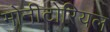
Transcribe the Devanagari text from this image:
मोनीटोरियल